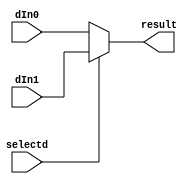
`timescale 1ns / 1ps
module mux32 (result, dIn0, dIn1, selectd);
	output wire [31:0] result;
	input [31:0] dIn0, dIn1;
	input selectd;

	assign result = selectd ? dIn1 : dIn0;
	
endmodule